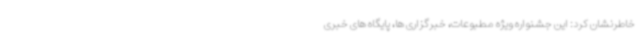
خاطرنشان کرد: این جشنواره ویژه مطبوعات، خبرگزاری ها، پایگاه های خبری